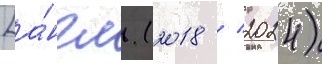
[а́нгл. (2018 / 2024)